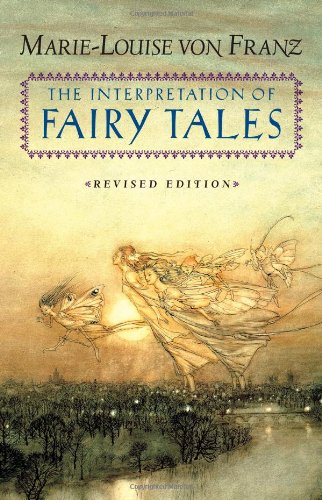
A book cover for The Interpretation of Fairy Tales; Marie-Louise von Franz; Literature & Fiction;